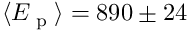
\langle E _ { \textup { p } } \rangle = 8 9 0 \pm 2 4